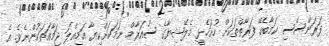
ފަރަންސޭސި ކަމާބެހޭ ފަރާތްތަކަށް ހުށަހެޅީ މެލޭޝިޔާގެ ސުއަރާމް ނަމަކަށްކިޔާ އަމިއްލަ ޖަމާއަތަކުންނެވެ. އެ